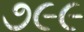
૭૯૯